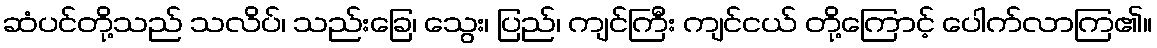
ဆံပင်တို့သည် သလိပ်၊ သည်းခြေ၊ သွေး၊ ပြည်၊ ကျင်ကြီး ကျင်ငယ် တို့ကြောင့် ပေါက်လာကြ၏။